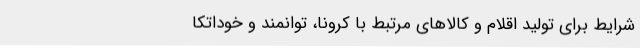
شرایط برای تولید اقلام و کالاهای مرتبط با کرونا، توانمند و خوداتکا